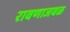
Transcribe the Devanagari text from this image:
रावणाजवळ